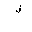
Letter: _lam